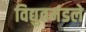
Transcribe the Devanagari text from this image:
विद्युतमंडले